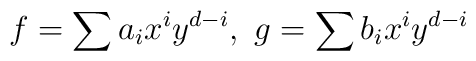
f=\sum a_i x^iy^{d-i}, \ g=\sum b_i x^iy^{d-i}